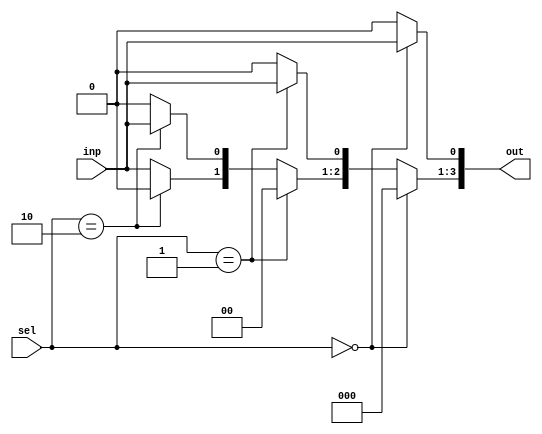
module demux(inp,sel,out);
	input inp;
	input [1:0]sel;
	output [3:0]out;
	reg [3:0]out;
	always@(*)begin
		out[0]=0; out[1]=0; out[2]=0; out[3]=0;
		if (sel==2'b00)begin
			out[0]=inp;
		end
		else if (sel==2'b01)begin
			out[1]=inp;
		end
		else if (sel==2'b10)begin
			out[2]=inp;
		end
		else begin
			out[3]=inp;
		end
	end
endmodule

module test;
	reg inp;
	reg [1:0]sel;
	wire [3:0]out;
	demux t(inp,sel,out);
	initial begin
		$dumpfile("q5.vcd");
		$dumpvars(0,test);
		$display("input\tsel1\tsel0\to0\to1\to2\to3");
		$monitor("%b\t\t%b\t\t%b\t\t%b\t%b\t%b\t%b",inp,sel[1],sel[0],out[0],out[1],out[2],out[3]);
		inp=0; sel[0]=0; sel[1]=0; #10
		inp=0; sel[0]=0; sel[1]=1; #10
		inp=0; sel[0]=1; sel[1]=0; #10
		inp=0; sel[0]=1; sel[1]=1; #10
		inp=1; sel[0]=0; sel[1]=0; #10
		inp=1; sel[0]=0; sel[1]=1; #10
		inp=1; sel[0]=1; sel[1]=0; #10
		inp=1; sel[0]=1; sel[1]=1; #10 $finish;
	end
endmodule